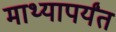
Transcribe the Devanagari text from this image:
माथ्यापर्यंत